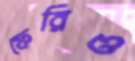
ফেরিও